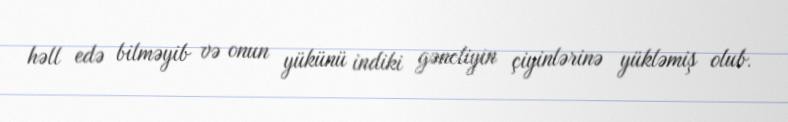
həll edə bilməyib və onun yükünü indiki gəncliyin çiyinlərinə yükləmiş olub.